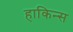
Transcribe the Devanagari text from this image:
हाकिन्स